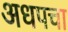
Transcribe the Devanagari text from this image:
अधपचा